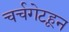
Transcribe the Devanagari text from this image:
चर्चगेटहून